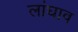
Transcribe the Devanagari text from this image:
लांघाव